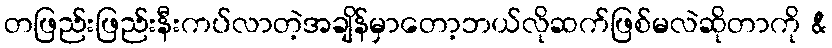
တဖြည်းဖြည်းနီးကပ်လာတဲ့အချိန်မှာတော့ဘယ်လိုဆက်ဖြစ်မလဲဆိုတာကို &